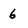
Character: 6